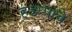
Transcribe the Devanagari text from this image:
हडप्पाचे